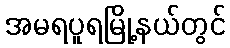
အမရပူရမြို့နယ်တွင်